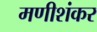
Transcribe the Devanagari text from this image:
मणीशंकर